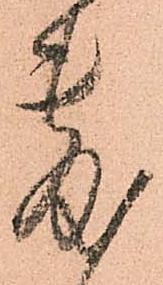
敷